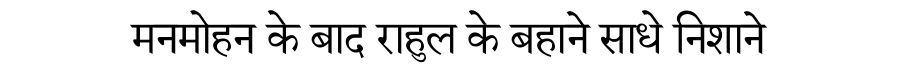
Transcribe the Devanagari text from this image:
मनमोहन के बाद राहुल के बहाने साधे निशाने